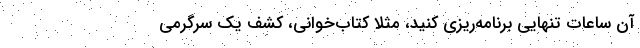
آن ساعات تنهایی برنامه‌ریزی کنید، مثلاً کتاب‌خوانی، کشف یک سرگرمی